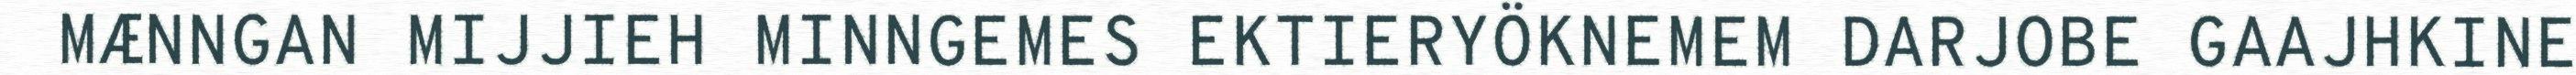
MÆNNGAN MIJJIEH MINNGEMES EKTIERYÖKNEMEM DARJOBE GAAJHKINE